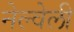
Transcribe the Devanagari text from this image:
नेल्वेली